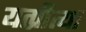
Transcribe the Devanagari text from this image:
यत्प्रीत्या